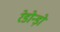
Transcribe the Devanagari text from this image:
रेडोन्ड़ो